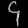
Digit: ၄